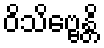
ဝိသိဗ္ဗေန္တိ